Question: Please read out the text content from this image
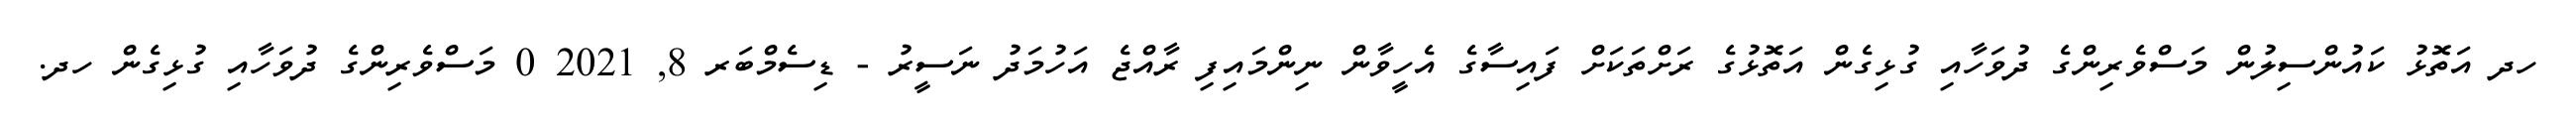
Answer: ހދ އަތޮޅު ކައުންސިލުން މަސްވެރިންގެ ދުވަހާއި ގުޅިގެން އަތޮޅުގެ ރަށްތަކަށް ފައިސާގެ އެހީވާން ނިންމައިފި ރާއްޖެ އަހުމަދު ނަސީރު - ޑިސެމްބަރ 8, 2021 0 މަސްވެރިންގެ ދުވަހާއި ގުޅިގެން ހދ.